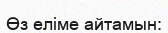
Өз еліме айтамын: